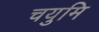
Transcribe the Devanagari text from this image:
चयुमि